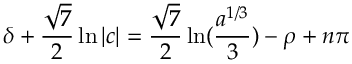
\delta + \frac { \sqrt 7 } { 2 } \ln | c | = \frac { \sqrt 7 } 2 \ln ( \frac { a ^ { 1 / 3 } } 3 ) - \rho + n \pi